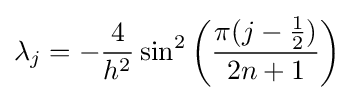
\lambda _{j}=-{\frac {4}{h^{2}}}\sin ^{2}\left({\frac {\pi (j-{\frac {1}{2}})}{2n+1}}\right)